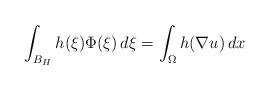
LaTeX: \begin{align*}\int _{B_{H}} h(\xi) \Phi(\xi)\, d\xi = \int _\Omega h(\nabla u)\, dx\end{align*}